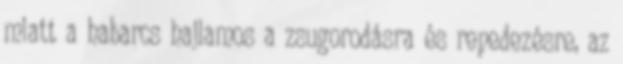
miatt a habarcs hajlamos a zsugorodásra és repedezésre, az